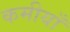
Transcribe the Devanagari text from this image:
कमीयाँ